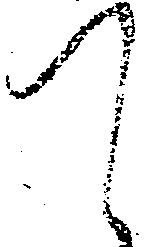
て